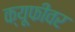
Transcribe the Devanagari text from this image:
क्यूफीवर